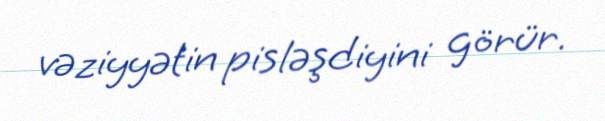
vəziyyətin pisləşdiyini görür.